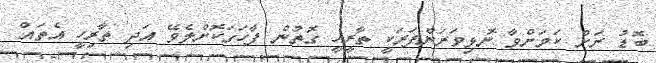
ބޮޑު ރަށް ކަމަށްވާ ނޮޅިވަރަންފަރަކީ ތާރީހީ ގޮތުން ފާހަގަކޮށްލެވޭ އަދި ތާރިހީ އެތައް